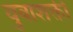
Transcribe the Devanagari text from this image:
युवाशक्ती